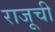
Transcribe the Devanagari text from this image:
राजूची